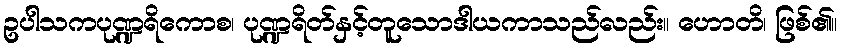
ဥပါသကပုဏ္ဍရိကောစ၊ ပုဏ္ဍရိတ်နှင့်တူသောဒါယကာသည်လည်း။ ဟောတိ၊ ဖြစ်၏။